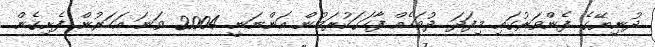
ދުނިޔޭގެ ފެންވަރުގައި މިފަދަ ދުވަހެއް ފާހަގަކުރަމުން އަންނަނީ 2004 ވަނަ އަހަރުން ފެށިގެން